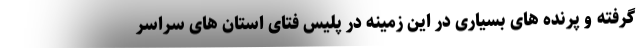
گرفته و پرنده های بسیاری در این زمینه در پلیس فتای استان های سراسر